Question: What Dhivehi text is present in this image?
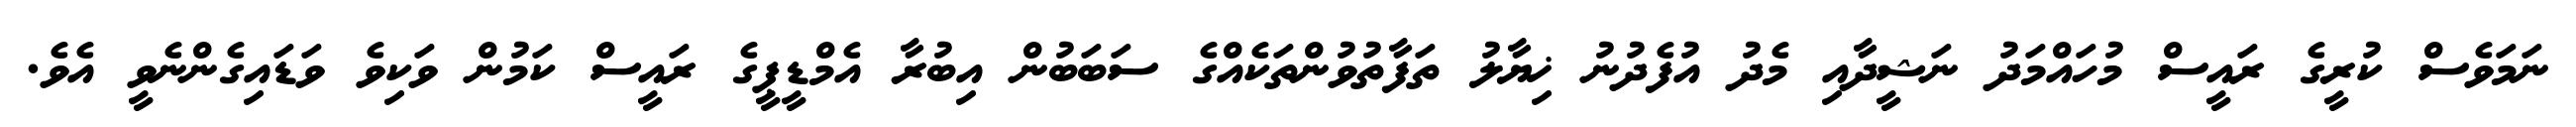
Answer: ނަމަވެސް ކުރީގެ ރައީސް މުހައްމަދު ނަޝީދާއި މެދު އުފެދުނު ޚިޔާލު ތަފާތުވުންތަކެއްގެ ސަބަބުން އިބުރާ އެމްޑީޕީގެ ރައީސް ކަމުން ވަކިވެ ވަޑައިގެންނެވީ އެވެ.